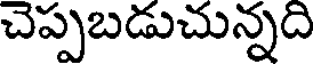
చెప్పబడుచున్నది